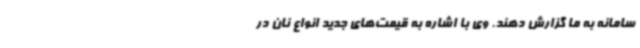
سامانه به ما گزارش دهند. وی با اشاره به قیمت‌های جدید انواع نان در